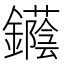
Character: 𨯛